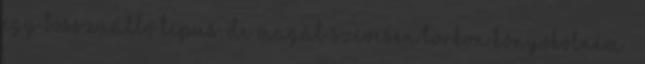
egy bosszúálló típus, de magát szívesen torkon könyökölném ”